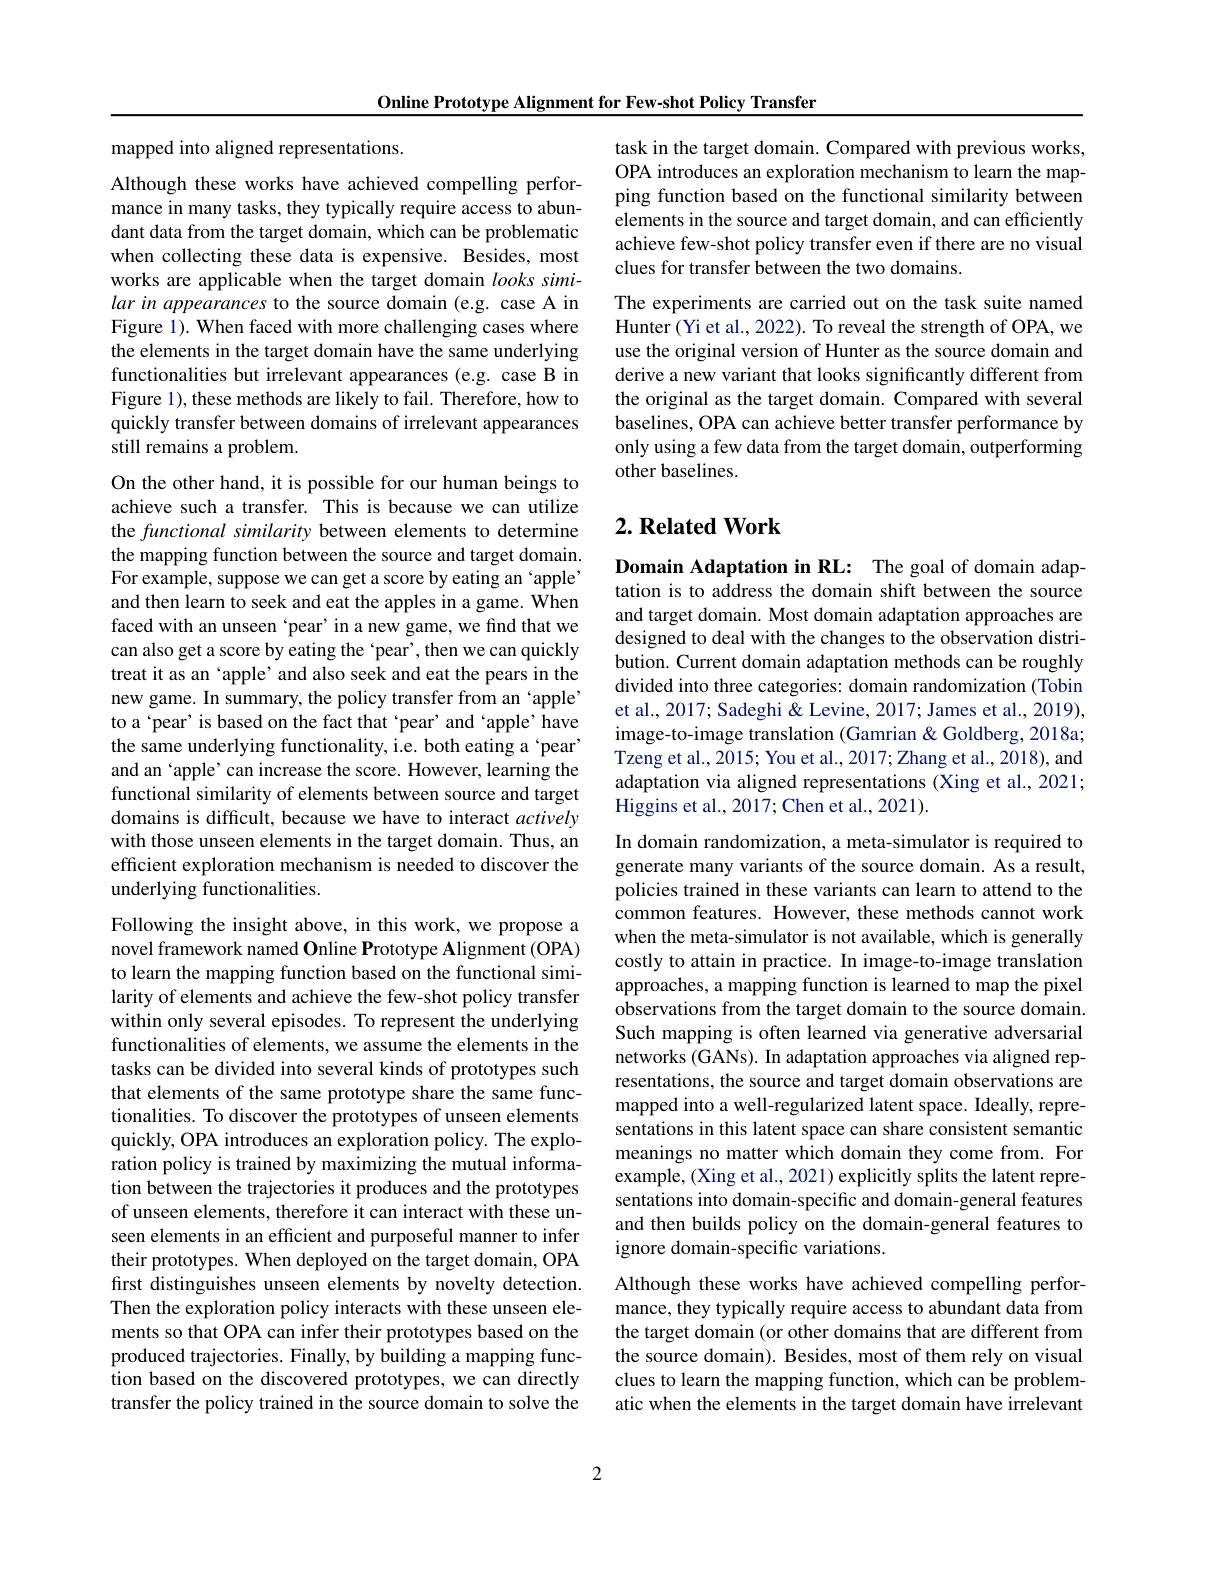
Online Prototype Alignment for Few-shot Policy Transfer

mapped into aligned representations.

Although these works have achieved compelling performance in many tasks, they typically require access to abundant data from the target domain, which can be problematic when collecting these data is expensive. Besides, most works are applicable when the target domain looks similar in appearances to the source domain (e.g. case A in Figure 1). When faced with more challenging cases where the elements in the target domain have the same underlying functionalities but irrelevant appearances (e.g. case B in Figure 1), these methods are likely to fail. Therefore, how to quickly transfer between domains of irrelevant appearances still remains a problem.

On the other hand, it is possible for our human beings to achieve such a transfer. This is because we can utilize the functional similarity between elements to determine the mapping function between the source and target domain. For example, suppose we can get a score by eating an ‘apple’ and then learn to seek and eat the apples in a game. When faced with an unseen ‘pear’in a new game, we find that we can also get a score by eating the ‘pear’, then we can quickly treat it as an ‘apple’ and also seek and eat the pears in the new game. In summary, the policy transfer from an ‘apple’ to a‘pear’ is based on the fact that‘pear’ and‘apple’have the same underlying functionality, i.e. both eating a ‘pear’ and an ‘apple’ can increase the score. However, learning the functional similarity of elements between source and target domains is difficult, because we have to interact actively with those unseen elements in the target domain. Thus, an efficient exploration mechanism is needed to discover the underlying functionalities.
Following the insight above, in this work, we propose a

novel framework named Online Prototype Alignment (OPA) to learn the mapping function based on the functional similarity of elements and achieve the few-shot policy transfer within only several episodes. To represent the underlying functionalities of elements, we assume the elements in the tasks can be divided into several kinds of prototypes such that elements of the same prototype share the same functionalities. To discover the prototypes of unseen elements quickly, OPA introduces an exploration policy. The exploration policy is trained by maximizing the mutual information between the trajectories it produces and the prototypes of unseen elements, therefore it can interact with these unseen elements in an efficient and purposeful manner to infer their prototypes. When deployed on the target domain, OPA first distinguishes unseen elements by novelty detection. Then the exploration policy interacts with these unseen elements so that OPA can infer their prototypes based on the produced trajectories. Finally, by building a mapping func- tion based on the discovered prototypes, we can directly transfer the policy trained in the source domain to solve the

task in the target domain. Compared with previous works, OPA introduces an exploration mechanism to learn the mapping function based on the functional similarity between elements in the source and target domain, and can efficiently achieve few-shot policy transfer even if there are no visual clues for transfer between the two domains.
The experiments are carried out on the task suite named Hunter (Yi et al., 2022). To reveal the strength of OPA, we use the original version of Hunter as the source domain and derive a new variant that looks significantly different from the original as the target domain. Compared with several baselines, OPA can achieve better transfer performance by only using a few data from the target domain, outperforming other baselines.

## $2. \textbf{ Related Work}$

Domain Adaptation in RL: The goal of domain adaptation is to address the domain shift between the source and target domain. Most domain adaptation approaches are designed to deal with the changes to the observation distribution. Current domain adaptation methods can be roughly divided into three categories: domain randomization (Tobin et al., 2017; Sadeghi & Levine, 2017; James et al., 2019), image-to-image translation (Gamrian& Goldberg, 2018a; Tzeng et al., 2015; You et al., 2017; Zhang et al., 2018), and adaptation via aligned representations (Xing et al., 2021; Higgins et al., 2017; Chen et al., 2021).

In domain randomization, a meta-simulator is required to generate many variants of the source domain. As a result, policies trained in these variants can learn to attend to the common features. However, these methods cannot work when the meta-simulator is not available, which is generally costly to attain in practice. In image-to-image translation approaches, a mapping function is learned to map the pixel observations from the target domain to the source domain. Such mapping is often learned via generative adversarial networks (GANs). In adaptation approaches via aligned representations, the source and target domain observations are mapped into a well-regularized latent space. Ideally, representations in this latent space can share consistent semantic meanings no matter which domain they come from. For example, (Xing et al., 2021) explicitly splits the latent representations into domain-specific and domain-general features and then builds policy on the domain-general features to ignore domain-specific variations.
Although these works have achieved compelling performance, they typically require access to abundant data from the target domain (or other domains that are different from the source domain). Besides, most of them rely on visual clues to learn the mapping function, which can be problematic when the elements in the target domain have irrelevant

2